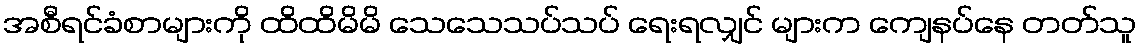
အစီရင်ခံစာများကို ထိထိမိမိ သေသေသပ်သပ် ရေးရလျှင် များက ကျေနပ်နေ တတ်သူ